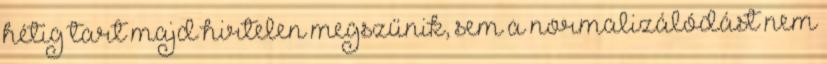
hétig tart majd hirtelen megszűnik, sem a normalizálódást nem